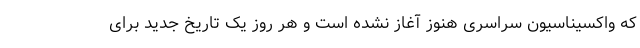
که واکسیناسیون سراسری هنوز آغاز نشده است و هر روز یک تاریخ جدید برای